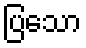
ပြသော